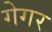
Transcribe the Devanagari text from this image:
गेगर